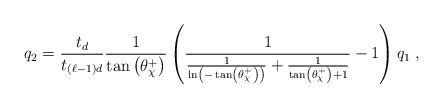
\begin{align*}q_2 = \frac{t_d}{t_{(\ell-1)d}}\frac{1}{\tan \left( \theta^+_{\chi} \right)}\left( \frac{1}{\frac{1}{\ln \left( -\tan \left( \theta^+_{\chi} \right) \right)} +\frac{1}{\tan \left( \theta^+_{\chi} \right) + 1}} - 1 \right) q_1 \;,\end{align*}